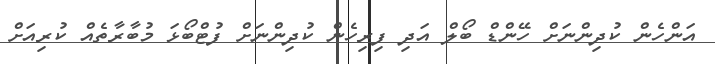
އަންހެން ކުދިންނަށް ހޭންޑް ބޯލް އަދި ފިރިހެން ކުދިންނަށް ފުޓްބޯޅަ މުބާރާތެއް ކުރިއަށް